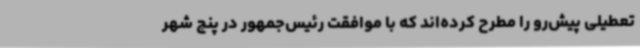
تعطیلی پیش‌رو را مطرح کرده‌اند که با موافقت رئیس‌جمهور در پنج شهر